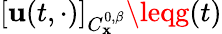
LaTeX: [\mathbf{u}(t,\cdot)]_{C_{\mathbf{x}}^{0,\beta}}\leqg(t)